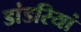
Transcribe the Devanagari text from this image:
डांडरियां